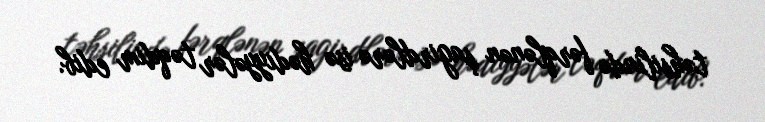
təhsilində fərqlənən şagirdlərə isə hədiyyələr təqdim edib.